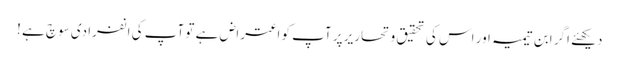
دیکھئے اگر ابن تیمیہ اور اس کی تحقیق و تحاریر پر آپ کو اعتراض ہے تو آپ کی انفرادی سوچ ہے !